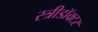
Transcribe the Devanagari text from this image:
स्त्रीडॉक्टर